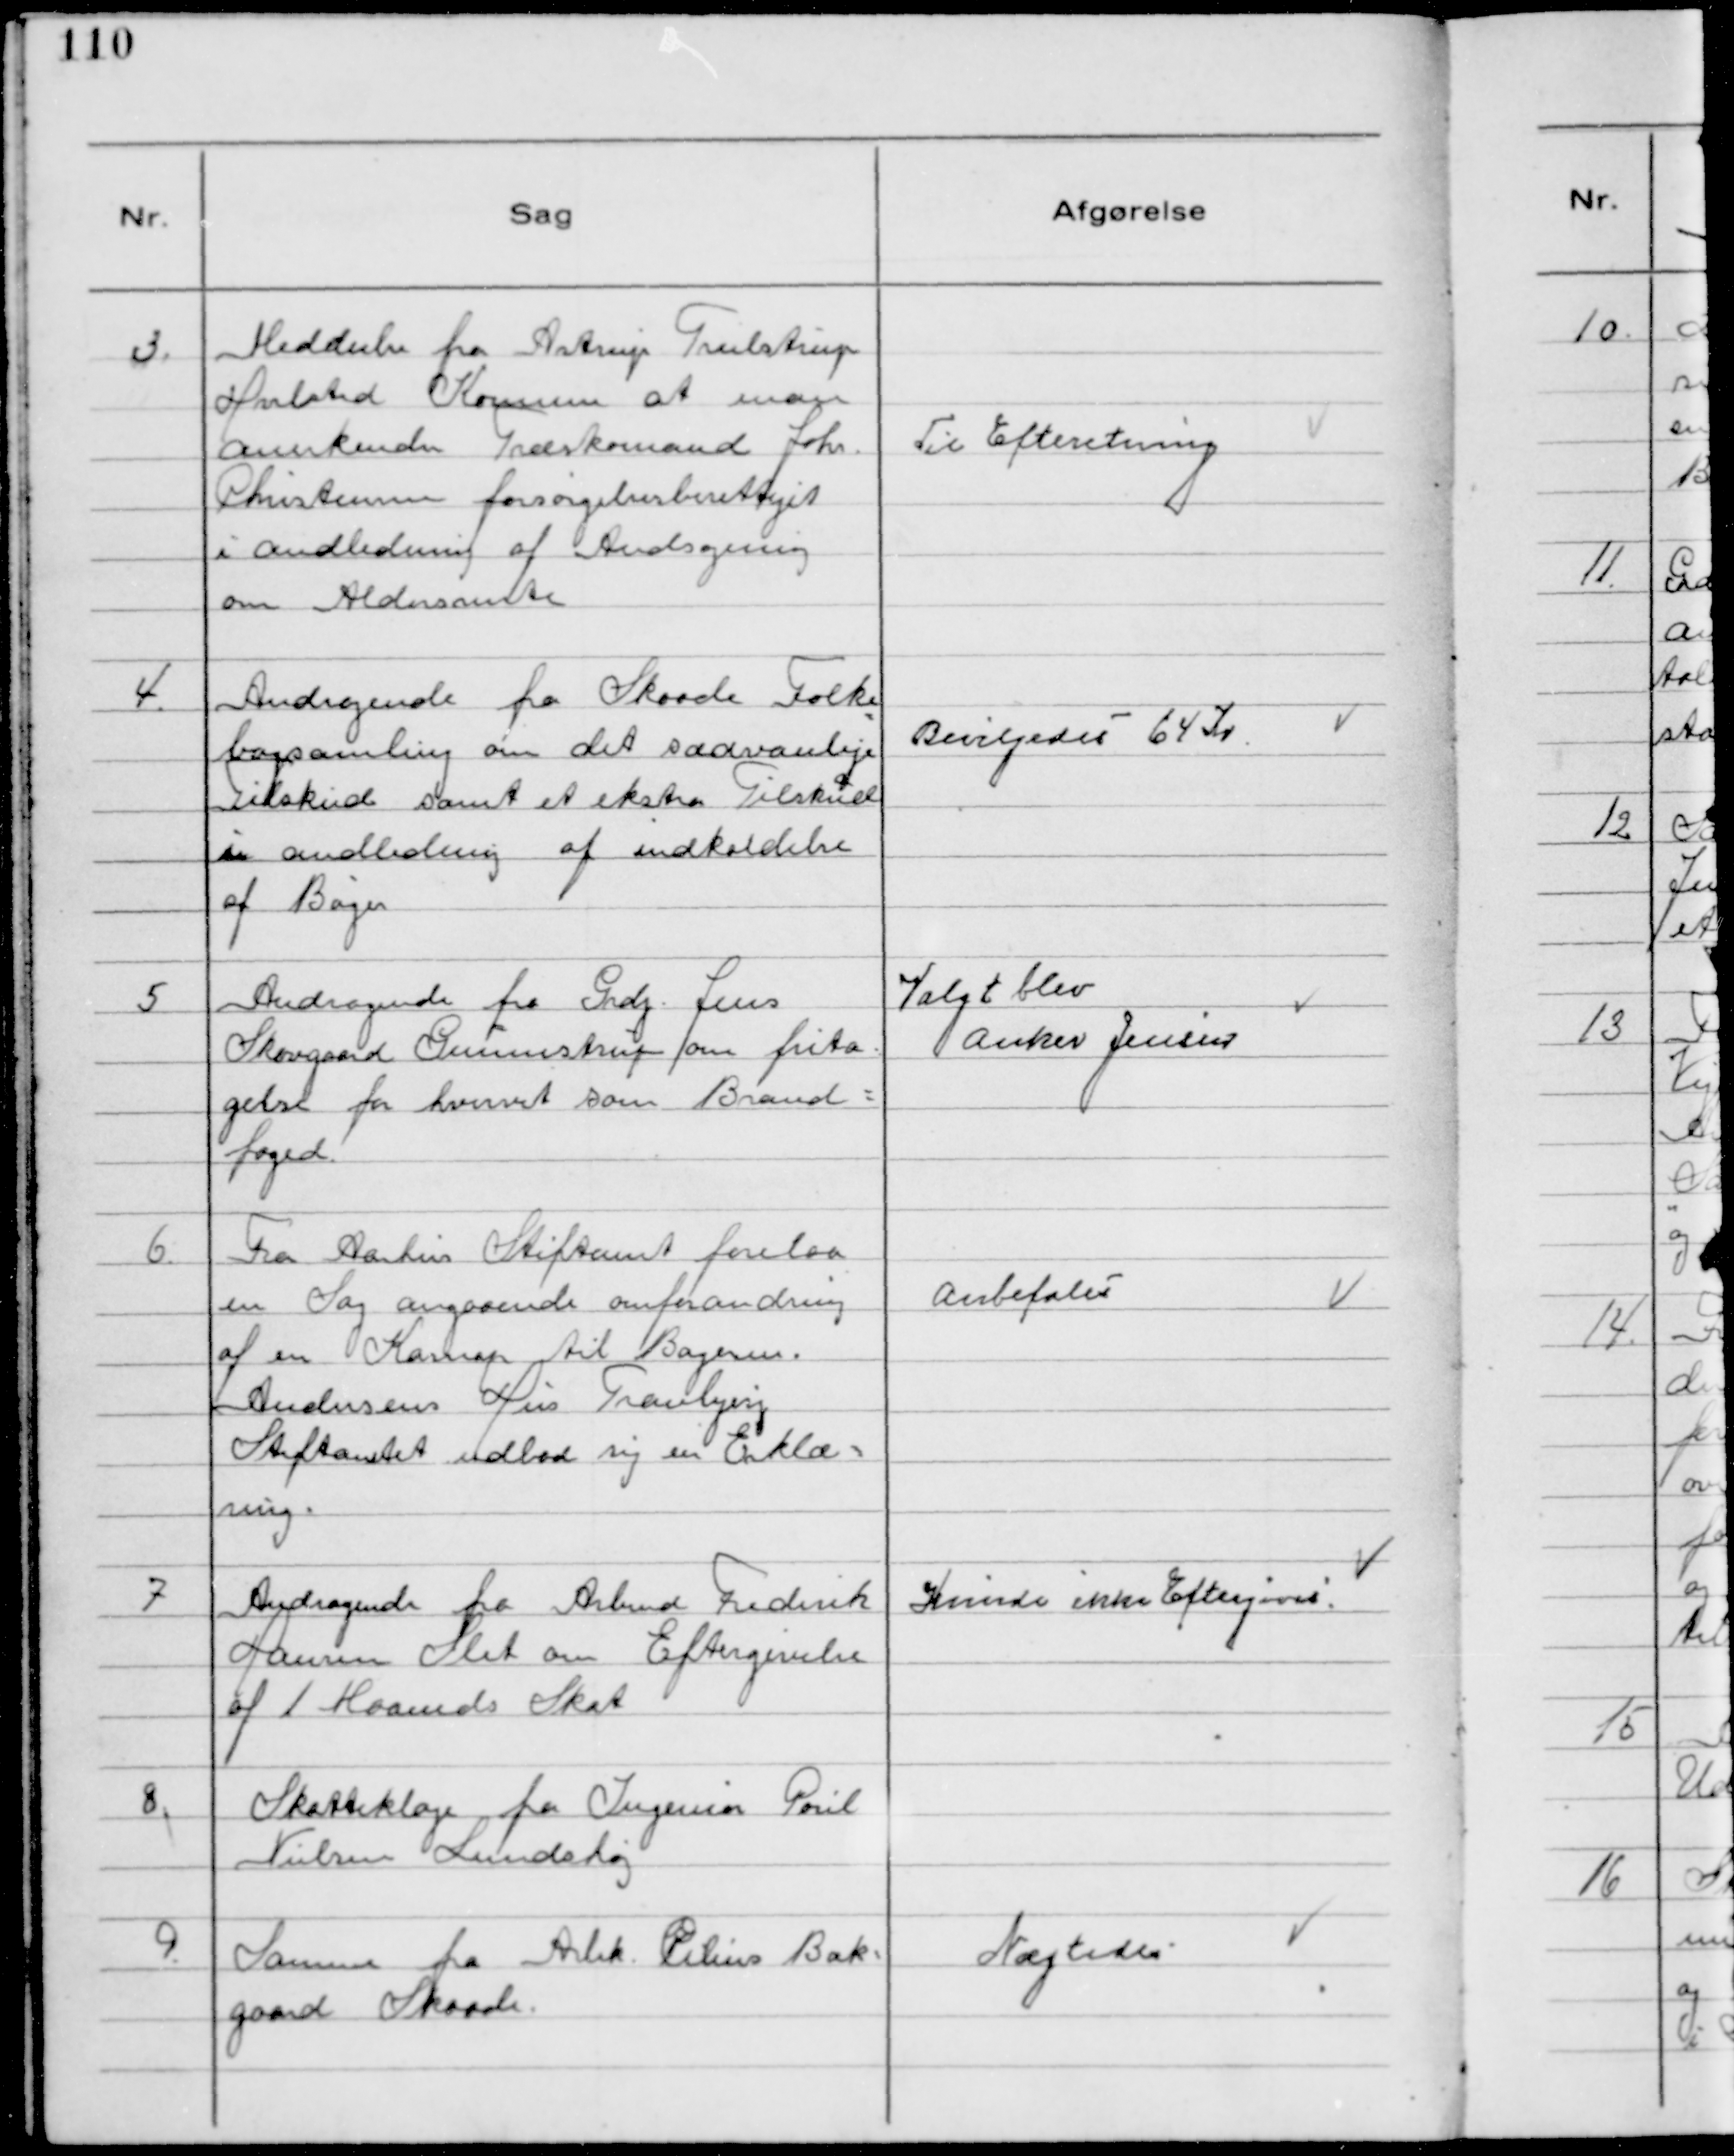
Transskription:
3.
Meddeelse fra Astrup Trulstrup
Hvolsted Kommune at man
anerkender Træskomand Johs.
Christensen forsørgelsesberettiget
i andledning af Andsøgning
om Aldersrente

Til Efteretning

4.
Andragende fra Skaade Folke
bogsamling om det sædvanlige
Tilskud samt et ekstra Tilskud
i andledning af indkaldelse
af Bøger

Bevilgedes 64 Kr

5
Andragende fra Grdj. Jens
Skovgaard Gunnestrup om frita-
gelse for hvervet som Brand-
foged.

Valgt blev
Anker Jensen

6.
Fra Aarhus Stiftamt forelaa
en Sag angaaende omforandring
af en Karnap til Bagerm.
Andersens Hus Tranbjerg
Stiftamtet udbad sig en Erklæ-
ring.

Anbefales

7
Andragende fra Arbmd Frederik
Hansen Slet om Eftergivelse
af 1 Maaneds Skat

Kunde ikke Eftergives.

8.
Skatteklage fra Ingeniør Poul
Nielsen Lundshøj

9.
Samme fra Arbk. Pilius Bak-
gaard Skaade.

Nægtedes